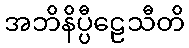
အဘိနိပ္ပီဠေသီတိ